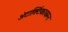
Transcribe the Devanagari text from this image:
अंटार्क्टिकावरून